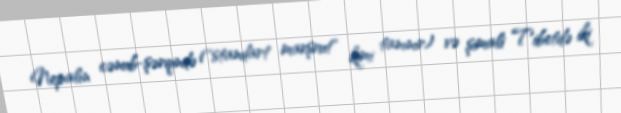
Nepalın cənub-şərqində ("standart marşrut" kimi tanınır) və şimali Tibetdə iki